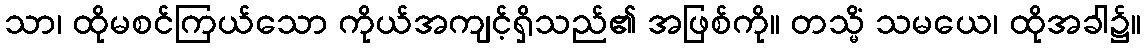
သာ၊ ထိုမစင်ကြယ်သော ကိုယ်အကျင့်ရှိသည်၏ အဖြစ်ကို။ တသ္မိံ သမယေ၊ ထိုအခါ၌။